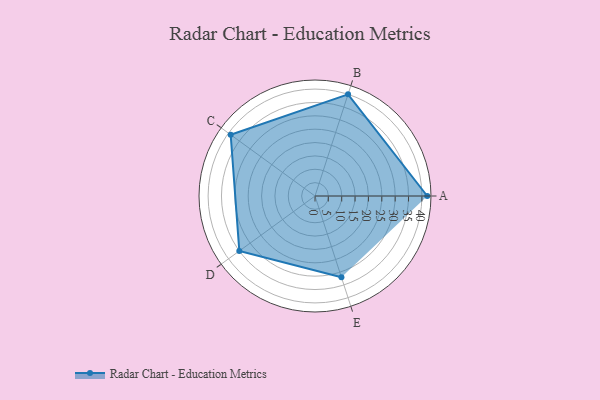
{"axis": {"x": "Skill", "y": "Score"}, "legend": ["Profile"], "data": [{"x": "A", "y": 42.0, "type": "Profile"}, {"x": "B", "y": 40.0, "type": "Profile"}, {"x": "C", "y": 39.0, "type": "Profile"}, {"x": "D", "y": 35.0, "type": "Profile"}, {"x": "E", "y": 32.0, "type": "Profile"}]}